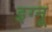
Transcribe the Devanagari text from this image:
इग्‍नू